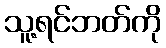
သူ့ရင်ဘတ်ကို